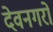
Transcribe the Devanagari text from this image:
देवनगरों